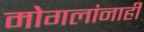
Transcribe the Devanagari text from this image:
मोगलांनाही